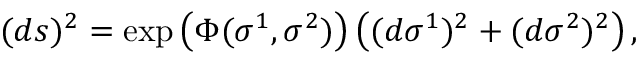
( d s ) ^ { 2 } = \exp \left( \Phi ( \sigma ^ { 1 } , \sigma ^ { 2 } ) \right) \left( ( d \sigma ^ { 1 } ) ^ { 2 } + ( d \sigma ^ { 2 } ) ^ { 2 } \right) ,